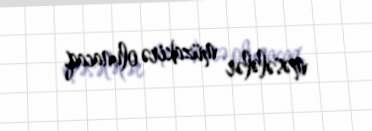
məsələlər müzakirə olunacaq.